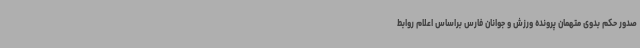
صدور حکم بدوی متهمان پرونده ورزش و جوانان فارس براساس اعلام روابط